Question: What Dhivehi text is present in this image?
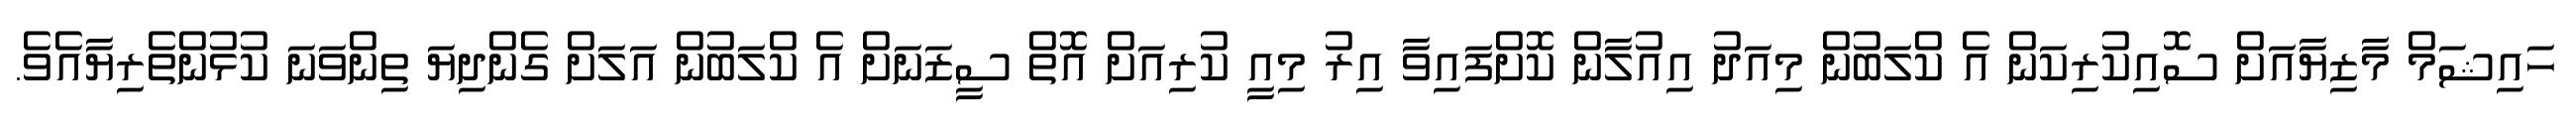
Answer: ހައިޝަމް މާޒިޔާއަށް ސޮއިކުރިކަން އެ ކްލަބުން މިއަދު އިއުލާން ކޮށްފައިވާ އިރު މިއީ ކުރިއަށް އޮތް ސީޒަނަށް އެ ކްލަބުން އަލަށް ގެންދިޔަ ތިންވަނަ ކުޅުންތެރިޔާއެވެ.